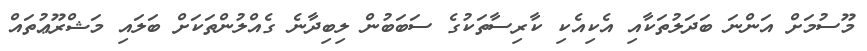
މޫސުމަށް އަންނަ ބަދަލުތަކާއި އެކިއެކި ކާރިސާތަކުގެ ސަބަބުން ލިބިދާނެ ގެއްލުންތަކަށް ބަލައި މަޝްރޫޢުތައް